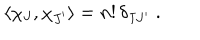
LaTeX: \langle \chi _ { J } , \chi _ { J ^ { \prime } } \rangle = n ! \, \delta _ { J J ^ { \prime } } \; .